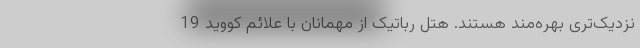
نزدیک‌تری بهره‌مند هستند. هتل رباتیک از مهمانان با علائم کووید 19